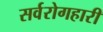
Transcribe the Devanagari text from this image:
सर्वरोगहारी